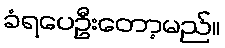
ခံရပေဦးတော့မည်။